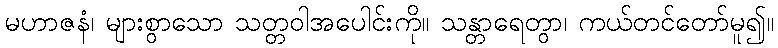
မဟာဇနံ၊ များစွာသော သတ္တဝါအပေါင်းကို။ သန္တာရေတွာ၊ ကယ်တင်တော်မူ၍။